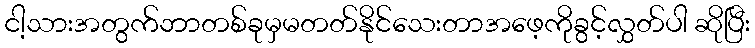
ငါ့သားအတွက်ဘာတစ်ခုမှမတတ်နိုင်သေးတာအဖေ့ကိုခွင့်လွှတ်ပါ ဆိုပြီး